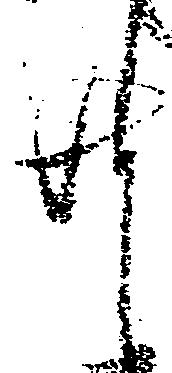
共